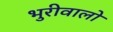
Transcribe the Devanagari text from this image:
भुरीवालो